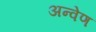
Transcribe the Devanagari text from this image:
अन्वेण